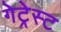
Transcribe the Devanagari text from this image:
गेट्रेस्ट